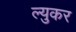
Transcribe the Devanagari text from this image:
ल्युकर